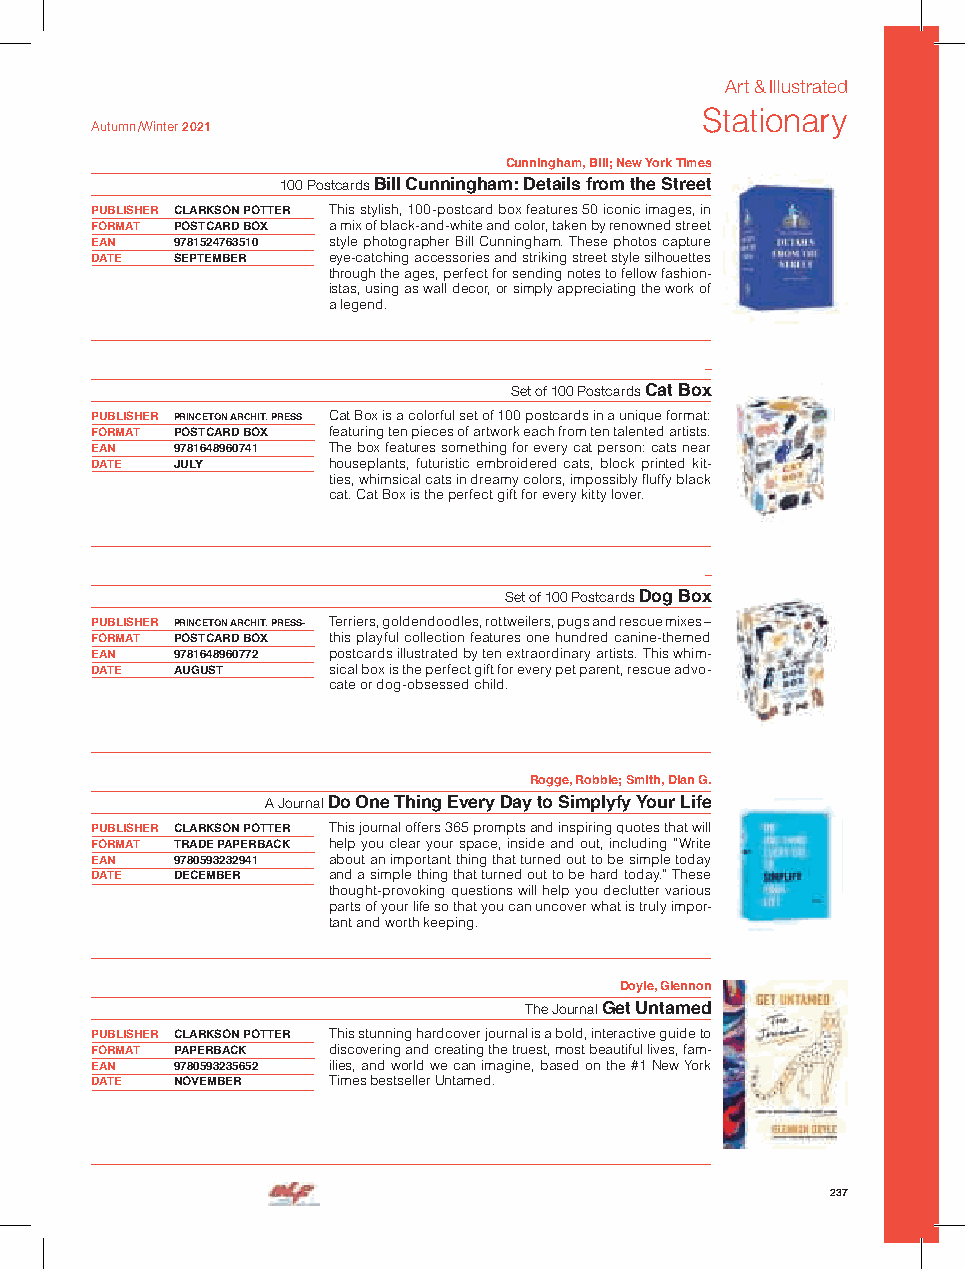
Art & Illustrated
 Stationary
 Autumn /Winter 2021
 Cunningham, Bill; New York Times
 100 Postcards Bill Cunningham: Details from the Street
 PUBLISHER CLARKSON POTTER This stylish, 100-postcard box features 50 iconic images, in
 FORMAT POSTCARD BOX a mix of black-and-white and color, taken by renowned street
 EAN  9781524763510 style photographer Bill Cunningham. These photos capture
 DATE SEPTEMBER  eye-catching accessories and striking street style silhouettes
 through the ages, perfect for sending notes to fellow fashion-
 istas, using as wall decor, or simply appreciating the work of
 a legend.
 –
 Set of 100 Postcards Cat Box
 PUBLISHER PRINCETON ARCHIT. PRESS Cat Box is a colorful set of 100 postcards in a unique format:
 FORMAT POSTCARD BOX featuring ten pieces of artwork each from ten talented artists.
 EAN  9781648960741 The box features something for every cat person: cats near
 DATE JULY       houseplants, futuristic embroidered cats, block printed kit-
 ties, whimsical cats in dreamy colors, impossibly fluffy black
 cat. Cat Box is the perfect gift for every kitty lover.
 –
 Set of 100 Postcards Dog Box
 PUBLISHER PRINCETON ARCHIT. PRESS- Terriers, goldendoodles, rottweilers, pugs and rescue mixes –
 FORMAT POSTCARD BOX this playful collection features one hundred canine-themed
 EAN  9781648960772 postcards illustrated by ten extraordinary artists. This whim-
 DATE AUGUST     sical box is the perfect gift for every pet parent, rescue advo-
 cate or dog-obsessed child.
 Rogge, Robbie; Smith, Dian G.
 A Journal Do One Thing Every Day to Simplyfy Your Life
 PUBLISHER CLARKSON POTTER This journal offers 365 prompts and inspiring quotes that will
 FORMAT TRADE PAPERBACK help you clear your space, inside and out, including “Write
 EAN  9780593232941 about an important thing that turned out to be simple today
 DATE DECEMBER   and a simple thing that turned out to be hard today.” These
 thought-provoking questions will help you declutter various
 parts of your life so that you can uncover what is truly impor-
 tant and worth keeping.
 Doyle, Glennon
 The Journal Get Untamed
 PUBLISHER CLARKSON POTTER This stunning hardcover journal is a bold, interactive guide to
 FORMAT PAPERBACK discovering and creating the truest, most beautiful lives, fam-
 EAN  9780593235652 ilies, and world we can imagine, based on the #1 New York
 DATE NOVEMBER   Times bestseller Untamed.
 237